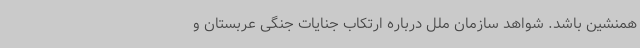
همنشین باشد. شواهد سازمان ملل درباره ارتکاب جنایات جنگی عربستان و